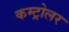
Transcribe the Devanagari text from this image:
कम्ट्रोलर